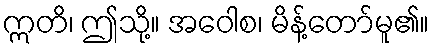
ဣတိ၊ ဤသို့။ အဝေါစ၊ မိန့်တော်မူ၏။